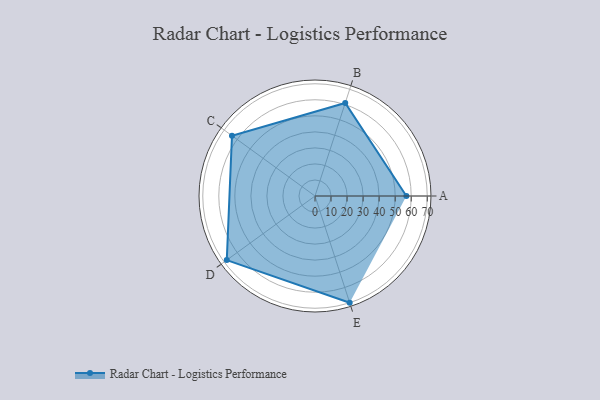
{"axis": {"x": "Skill", "y": "Score"}, "legend": ["Profile"], "data": [{"x": "A", "y": 57.0, "type": "Profile"}, {"x": "B", "y": 61.0, "type": "Profile"}, {"x": "C", "y": 64.0, "type": "Profile"}, {"x": "D", "y": 68.0, "type": "Profile"}, {"x": "E", "y": 70.0, "type": "Profile"}]}